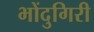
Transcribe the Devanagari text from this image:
भोंदुगिरी